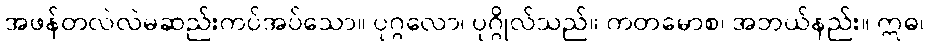
အဖန်တလဲလဲမဆည်းကပ်အပ်သော။ ပုဂ္ဂလော၊ ပုဂ္ဂိုလ်သည်။ ကတမောစ၊ အဘယ်နည်း။ ဣဓ၊